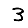
Digit: 3